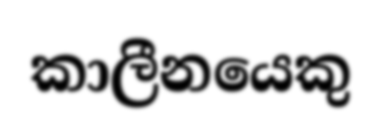
කාලීනයෙකු